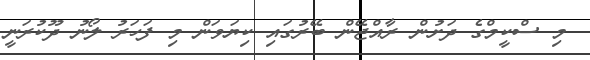
މި ސްކީމްގެ ދަށުން ރާއްޖޭން ބޭރުގައި ކިޔަވަން މި ފަހަރު ލޯނު ދޫކުރަނީ